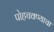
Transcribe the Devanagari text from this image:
पोहचवण्याचा